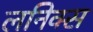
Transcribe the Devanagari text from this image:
लनिक्स